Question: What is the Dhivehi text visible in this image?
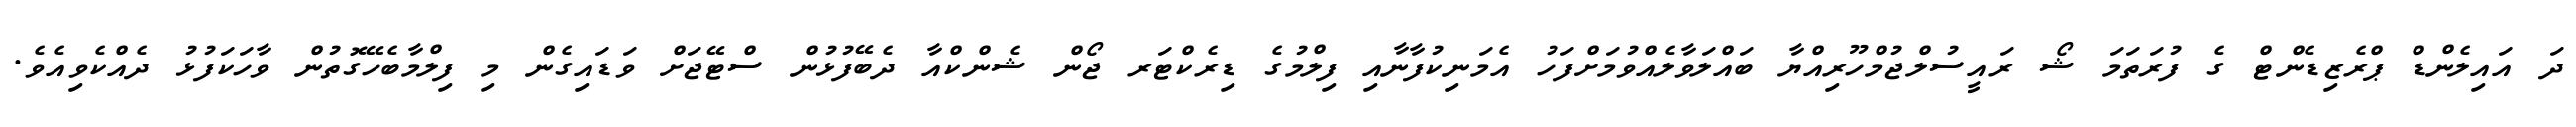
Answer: ދަ އައިލެންޑް ޕްރެޒިޑެންޓް ގެ ފުރަތަމަ ޝޯ ރައީސުލްޖުމްހޫރިއްޔާ ބައްލަވާލެއްވުމަށްފަހު އެމަނިކުފާނާއި ފިލްމުގެ ޑިރެކްޓަރ ޖޯން ޝެންކްއާ ދެބޭފުޅުން ސްޓޭޖަށް ވަޑައިގެން މި ފިލްމާބެހޭގޮތުން ވާހަކަފުޅު ދެއްކެވިއެވެ.